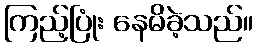
ကြည့်ပြုံး နေမိခဲ့သည်။